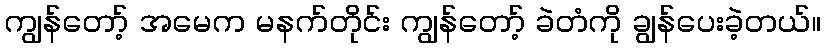
ကျွန်တော့် အမေက မနက်တိုင်း ကျွန်တော့် ခဲတံကို ချွန်ပေးခဲ့တယ်။